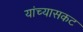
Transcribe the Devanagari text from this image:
यांच्यासकट